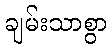
ချမ်းသာစွာ